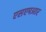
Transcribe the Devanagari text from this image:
एसएमआर